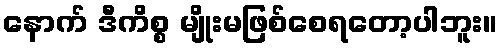
နောက် ဒီကိစ္စ မျိုးမဖြစ်စေရတော့ပါဘူး။